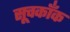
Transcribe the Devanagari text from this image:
सूचकाँक